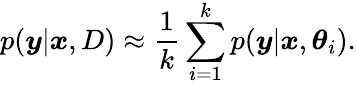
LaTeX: p(\boldsymbol{y}|\boldsymbol{x},D)\approx\frac{1}{k}\sum_{i=1}^{k}p(\boldsymbol{y}|\boldsymbol{x},\boldsymbol{\theta}_{i}).